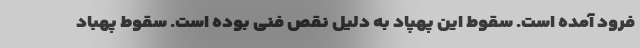
فرود آمده است. سقوط این پهپاد به دلیل نقص فنی بوده است. سقوط پهباد